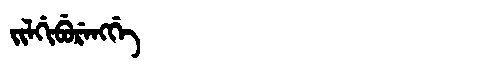
Manchu: ᠵᡳᠯᡤᡳᠪᡠᡵᡝᠩᡤᡝ
Romanization: JILGIBURENGGE